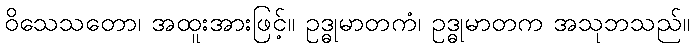
ဝိသေသတော၊ အထူးအားဖြင့်။ ဥဒ္ဓုမာတကံ၊ ဥဒ္ဓုမာတက အသုဘသည်။